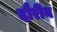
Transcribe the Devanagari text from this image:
दौरीन